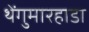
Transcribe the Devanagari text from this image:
थेंगुमारहाडा